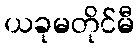
ယခုမတိုင်မီ